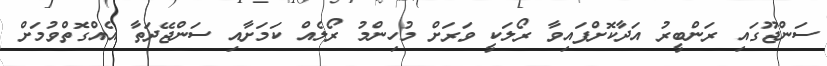
ސަންޖޫގައި ރަންބީރު އަދާކޮށްފައިވާ ރޯލަކީ ވަރަށް މުހިންމު ރޯލެއް ކަމަށާއި ސަންޖޭދަތާ އެއްގޮތްވުމަށް